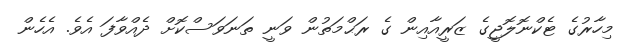
މިހާރުގެ ޓެކްނޮލޮޖީގެ ޒަރީއާއިން ގެ ރަޙްމަތުން ވަނީ ތަނަވަސްކޮށް ދެއްވާފަ އެވެ. އެހެން